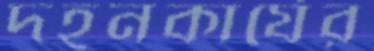
দহনকার্যের